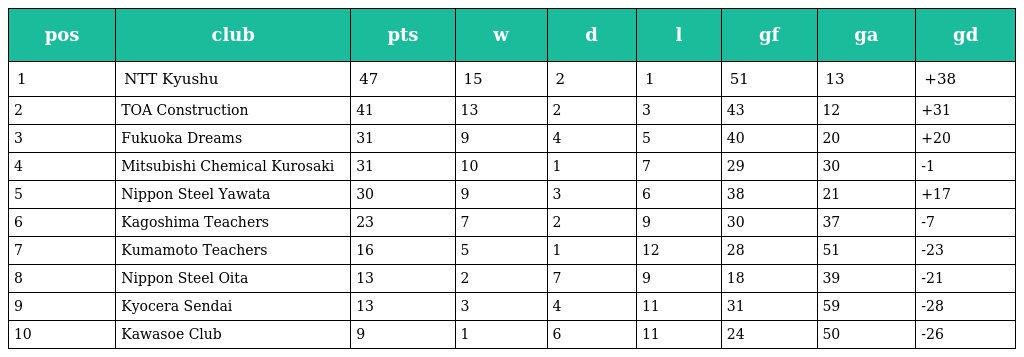
| pos | club | pts | w | d | l | gf | ga | gd |
 | --- | --- | --- | --- | --- | --- | --- | --- | --- |
 | 1 | NTT Kyushu | 47 | 15 | 2 | 1 | 51 | 13 | +38 |
 | 2 | TOA Construction | 41 | 13 | 2 | 3 | 43 | 12 | +31 |
 | 3 | Fukuoka Dreams | 31 | 9 | 4 | 5 | 40 | 20 | +20 |
 | 4 | Mitsubishi Chemical Kurosaki | 31 | 10 | 1 | 7 | 29 | 30 | -1 |
 | 5 | Nippon Steel Yawata | 30 | 9 | 3 | 6 | 38 | 21 | +17 |
 | 6 | Kagoshima Teachers | 23 | 7 | 2 | 9 | 30 | 37 | -7 |
 | 7 | Kumamoto Teachers | 16 | 5 | 1 | 12 | 28 | 51 | -23 |
 | 8 | Nippon Steel Oita | 13 | 2 | 7 | 9 | 18 | 39 | -21 |
 | 9 | Kyocera Sendai | 13 | 3 | 4 | 11 | 31 | 59 | -28 |
 | 10 | Kawasoe Club | 9 | 1 | 6 | 11 | 24 | 50 | -26 |